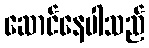
ဆောင်နေပါသည်